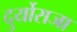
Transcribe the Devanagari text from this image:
दुर्योराजा